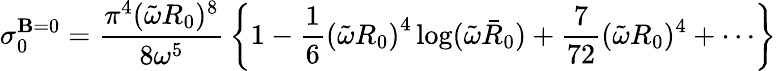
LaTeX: \sigma_{0}^{\mathbf{B}=0}={\frac{{\pi^{4}(\tilde{{\omega}}R_{0})^{8}}}{{8\omega^{5}}}}\left\{ 1-{\frac{{1}}{{6}}}\left(\tilde{{\omega}}R_{0}\right)^{4}\log(\tilde{{\omega}}\bar{{R}}_{0})+{\frac{{7}}{{72}}}(\tilde{{\omega}}R_{0})^{4}+\cdots\right\}